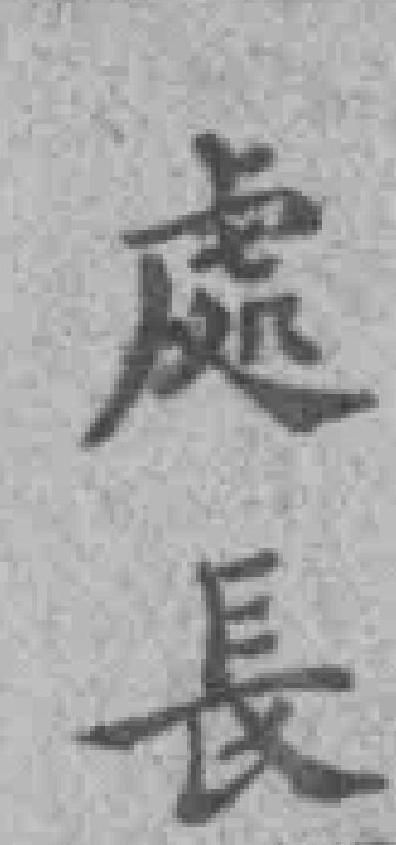
處長